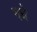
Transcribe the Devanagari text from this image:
मधे